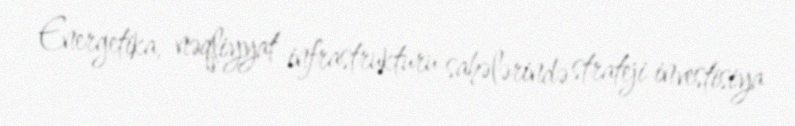
Energetika, nəqliyyat infrastrukturu sahələrində strateji investisiya